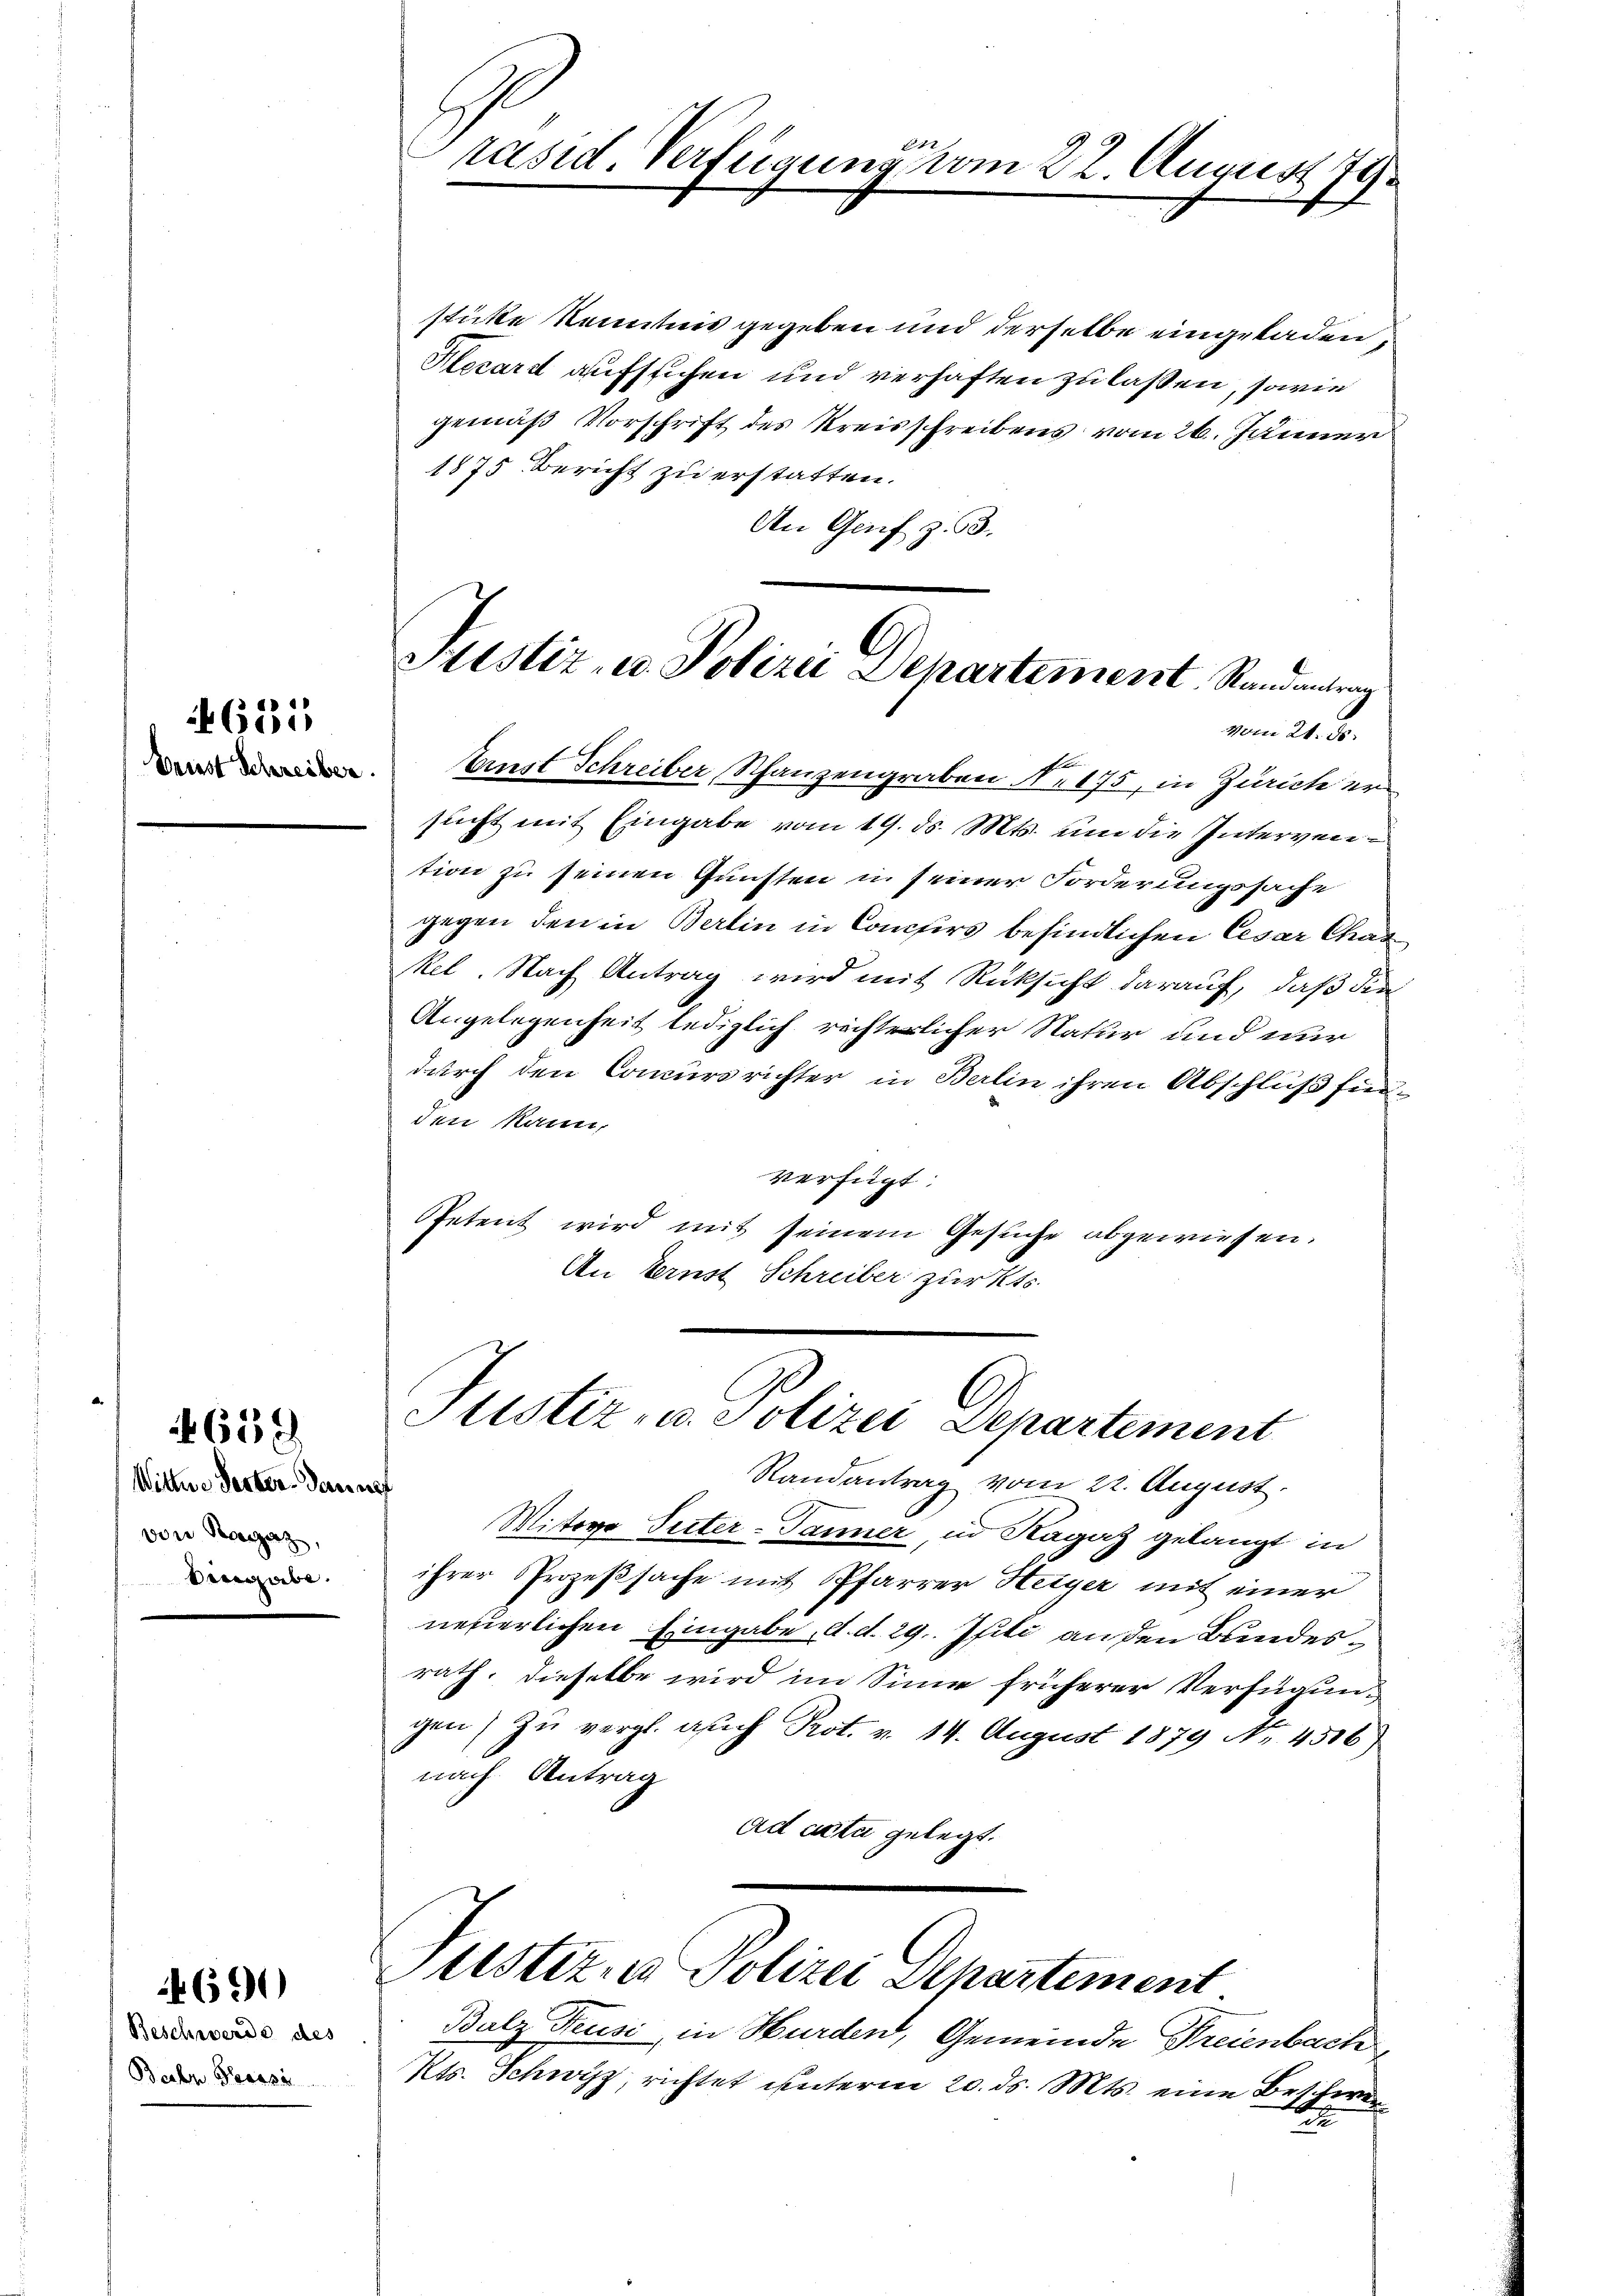
Bernst Schreiber.

631

Wittwe Secker-Tanne
von Kanzerz,
tingabe.

4658.

Beschwerde des
Bechen Praese

4690

Sistiz- u. Polizei Departement Randantrag
vom 24. ds.
Ernst Schreiber, Schanzengraben Nr. 175, in Zürich ers

642
räsid. Verfügung vom 22. August 179.

sticke Kenntnis gegeben und derselbe eingeladen,
Slezard aufstichen und verhaften zu laßen, sowie
gemäß Vorschrift des Kreisschreibens vom 26. Jänner
1875 Bericht zu erstatten.
An Genf z. 53.
sucht mit Eingabe vom 19. ds. Mts. um die Intervention zu seinen Gunsten in seiner Forderungssache
gegen den in Berlin in Conciers befindlichen Cesar Chas
kel. Nach Antrag wird mit Rücksicht darauf, daß die
Angelegenheit lediglich richterlicher Natur und nur
durch den Concursrichter in Berlin ihren Abschluß fürden kann,
verfügt:
Petent wird mit seinem Gesuche abgewiesen.
An Eernst Schreiber zur Kts.

Justiz- u. Polizei Departement
Randantrag vom 22. August.

Mitere Peter-Tanner, in Ragaz gelangt in
ihrer Prozeßsache mit Pfarrer Heiger mit einer
nefierlichen Eingabe, d. d. 29. Juli an den Bundesrath, dieselbe wird im Sinne früherer Verfügungen) zu vergl. auch Prot. v. 14. August 1879 Nr. 4306)
nach Antrag
ad acta gelegt.

Justiz u. Polizei Departement

Balz Feusi, in Hurden, Gemeinde Freienbache
Kts. Schwyz, richtet unterm 20. ds. Mts. eine Beschwer¬